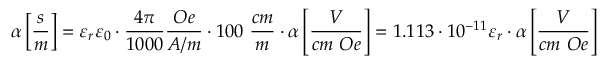
\alpha \left[ { \frac { s } { m } } \right] = \varepsilon _ { r } \varepsilon _ { 0 } \cdot { \frac { 4 \pi } { 1 0 0 0 } } { \frac { O e } { A / m } } \cdot 1 0 0 ~ { \frac { c m } { m } } \cdot \alpha \left[ { \frac { V } { c m ~ O e } } \right] = 1 . 1 1 3 \cdot 1 0 ^ { - 1 1 } \varepsilon _ { r } \cdot \alpha \left[ { \frac { V } { c m ~ O e } } \right]